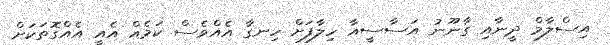
އިސްލާމް ދީނާއި ގާނޫނު އަސާސީއާ ހިލާފަށް ހިނގާ އެއްވެސް ކަމެއް އެއީ އެއްގޮތަކަށް